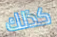
كذلك